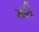
મતિ